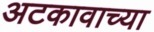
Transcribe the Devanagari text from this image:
अटकावाच्या